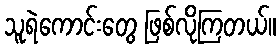
သူရဲကောင်းတွေ ဖြစ်လိုကြတယ်။